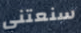
سنعتني